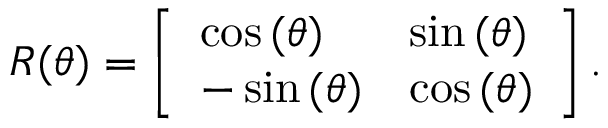
R ( \theta ) = \left[ \begin{array} { l l } { \cos { ( \theta ) } } & { \sin { ( \theta ) } } \\ { - \sin { ( \theta ) } } & { \cos { ( \theta ) } } \end{array} \right] .